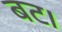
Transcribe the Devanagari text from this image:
बट।